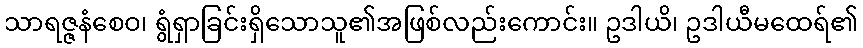
သာရဇ္ဇနံစေဝ၊ ရွံရှာခြင်းရှိသောသူ၏အဖြစ်လည်းကောင်း။ ဥဒါယိ၊ ဥဒါယီမထေရ်၏